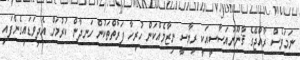
ނަމަވެސް ރާއްޖޭގެ ޤާނޫނުއަސާސީއަކީ ރިޔާސީ ނިޒާމެއްކަން ހުރިހާ ފަރާތްތަކުން ހަނދާން ކުރުމަށް އެދިވަޑައިގެންފައި